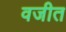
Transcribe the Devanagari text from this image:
वजीत